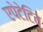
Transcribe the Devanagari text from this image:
एपेटेटिव्